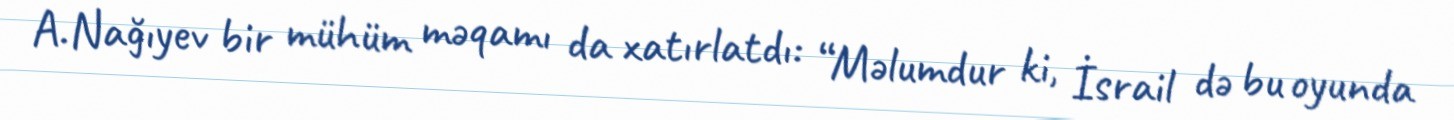
A.Nağıyev bir mühüm məqamı da xatırlatdı: “Məlumdur ki, İsrail də bu oyunda